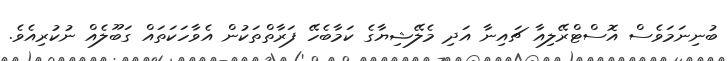
ބުނިނަމަވެސް އޮސްޓްރޭލިއާ ޗައިނާ އަދި މެލޭޝިޔާގެ ކަމާބެހޭ ފަރާތްތަކުން އެވާހަކަތައް ގަބޫލެއް ނުކުރިއެވެ.